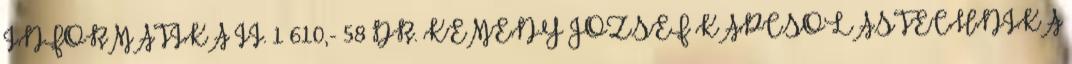
INFORMATIKA II. 1 610,- 58 DR. KEMÉNY JÓZSEF KAPCSOLÁSTECHNIKA